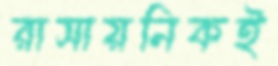
রাসায়নিকই